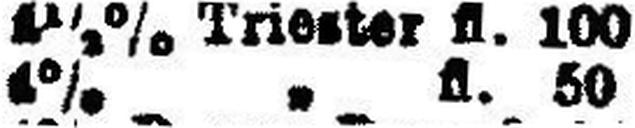
1% " fl. 50